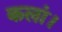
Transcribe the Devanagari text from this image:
कलां।